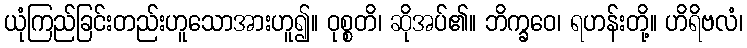
ယုံကြည်ခြင်းတည်းဟူသောအားဟူ၍။ ဝုစ္စတိ၊ ဆိုအပ်၏။ ဘိက္ခဝေ၊ ရဟန်းတို့။ ဟိရိဗလံ၊